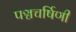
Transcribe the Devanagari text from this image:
पञ्चचर्षिणी